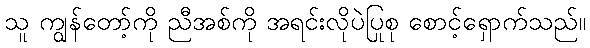
သူ ကျွန်တော့်ကို ညီအစ်ကို အရင်းလိုပဲပြုစု စောင့်ရှောက်သည်။